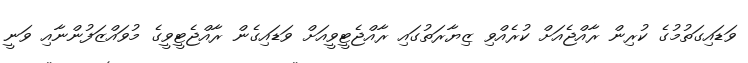
ވަޑައިގަތުމުގެ ކުރިން ރާއްޖެއަށް ކުރެއްވި ޒިޔާރަތުގައި ރާއްޖެޓީވީއަށް ވަޑައިގެން ރާއްޖެޓީވީގެ މުވައްޒަފުންނާއި ވަނީ